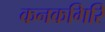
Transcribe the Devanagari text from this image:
कनकगिरि